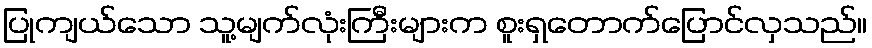
ပြုကျယ်သော သူ့မျက်လုံးကြီးများက စူးရှတောက်ပြောင်လှသည်။